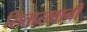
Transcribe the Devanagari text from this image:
सितारखानी